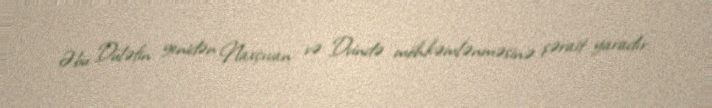
Əbu Düləfin yenidən Naxçıvan və Dvində möhkəmlənməsinə şərait yaradır.